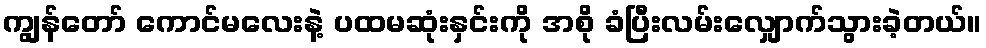
ကျွန်တော် ကောင်မလေးနဲ့ ပထမဆုံးနှင်းကို အစို ခံပြီးလမ်းလျှောက်သွားခဲ့တယ်။